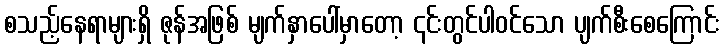
စသည့်နေရာများရှိ ဇုန်အဖြစ် မျက်နှာပေါ်မှာတော့ ၎င်းတွင်ပါဝင်သော ပျက်စီးစေကြောင်း